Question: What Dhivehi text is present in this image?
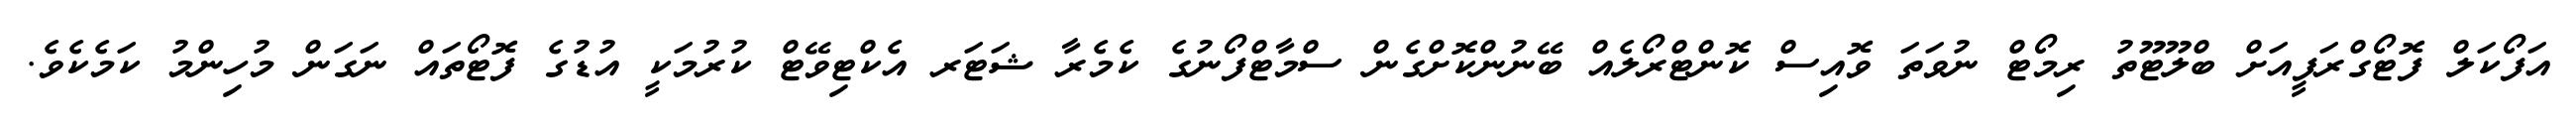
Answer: އަފޯކަލް ފޮޓޯގްރަފީއަށް ބްލޫޓޫތު ރިމޯޓް ނުވަތަ ވޮއިސް ކޮންޓްރޯލެއް ބޭނުންކޮށްގެން ސްމާޓްފޯނުގެ ކެމެރާ ޝަޓަރ އެކްޓިވޭޓް ކުރުމަކީ އުޑުގެ ފޮޓޯތައް ނަގަން މުހިންމު ކަމެކެވެ.